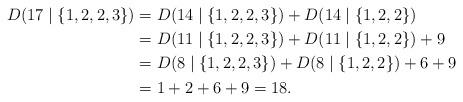
LaTeX: \begin{align*}D(17\mid\{1,2,2,3\})&=D(14\mid\{1,2,2,3\})+D(14\mid\{1,2,2\})\\&=D(11\mid\{1,2,2,3\})+D(11\mid\{1,2,2\})+9\\&=D(8\mid\{1,2,2,3\})+D(8\mid\{1,2,2\})+6+9\\&=1+2+6+9=18.\end{align*}